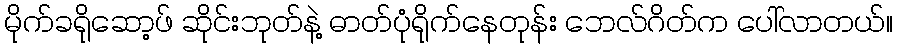
မိုက်ခရိုဆော့ဖ် ဆိုင်းဘုတ်နဲ့ ဓာတ်ပုံရိုက်နေတုန်း ဘေလ်ဂိတ်က ပေါ်လာတယ်။